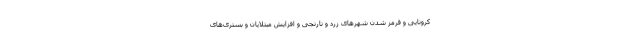
کرونایی و قرمز شدن شهرهای زرد و نارنجی و افزایش مبتلایان و بستری‌های